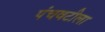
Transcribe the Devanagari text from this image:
पंचवटीला